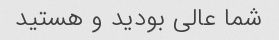
شما عالی بودید و هستید